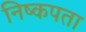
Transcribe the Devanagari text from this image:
निष्कपता